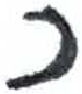
אות: כ